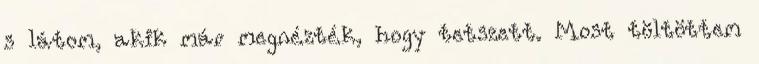
s látom, akik már megnézték, hogy tetszett. Most töltöttem